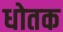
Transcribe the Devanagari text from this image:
धोतक